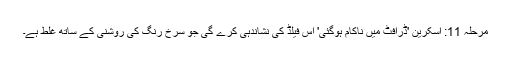
مرحلہ 11: اسکرین 'ڈرافٹ میں ناکام ہوگئی' اس فیلڈ کی نشاندہی کرے گی جو سرخ رنگ کی روشنی کے ساتھ غلط ہے۔